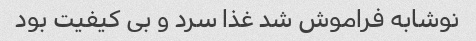
نوشابه فراموش شد غذا سرد و بی کیفیت بود